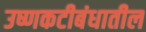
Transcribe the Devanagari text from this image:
उष्णकटीबंधातील